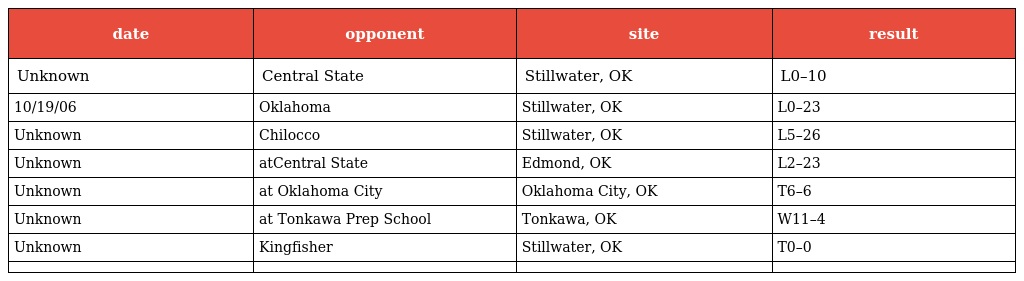
| date | opponent | site | result |
 | --- | --- | --- | --- |
 | Unknown | Central State | Stillwater, OK | L0–10 |
 | 10/19/06 | Oklahoma | Stillwater, OK | L0–23 |
 | Unknown | Chilocco | Stillwater, OK | L5–26 |
 | Unknown | atCentral State | Edmond, OK | L2–23 |
 | Unknown | at Oklahoma City | Oklahoma City, OK | T6–6 |
 | Unknown | at Tonkawa Prep School | Tonkawa, OK | W11–4 |
 | Unknown | Kingfisher | Stillwater, OK | T0–0 |
 |  |  |  |  |